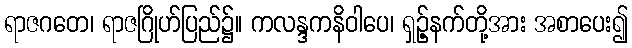
ရာဇဂတေ၊ ရာဇဂြိုဟ်ပြည်၌။ ကလန္ဒကနိဝါပေ၊ ရှဉ့်နက်တို့အား အစာပေး၍